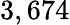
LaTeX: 3,674